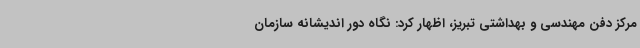
مرکز دفن مهندسی و بهداشتی تبریز، اظهار کرد: نگاه دور اندیشانه سازمان